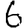
Digit: 6